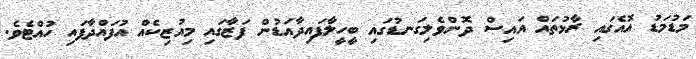
މަޑުމަޑު އޮއެގައި ރާޅުތައް އައިސް ދޮންވެލިގަނޑުގައި ބީހީލާފައިދާއަޑުން ފަޒާގައި މިއުޒިކެއް އުފައްދާފައި ހުއްޓެވެ.